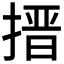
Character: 搢